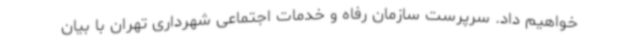
خواهیم داد. سرپرست سازمان رفاه و خدمات اجتماعی شهرداری تهران با بیان